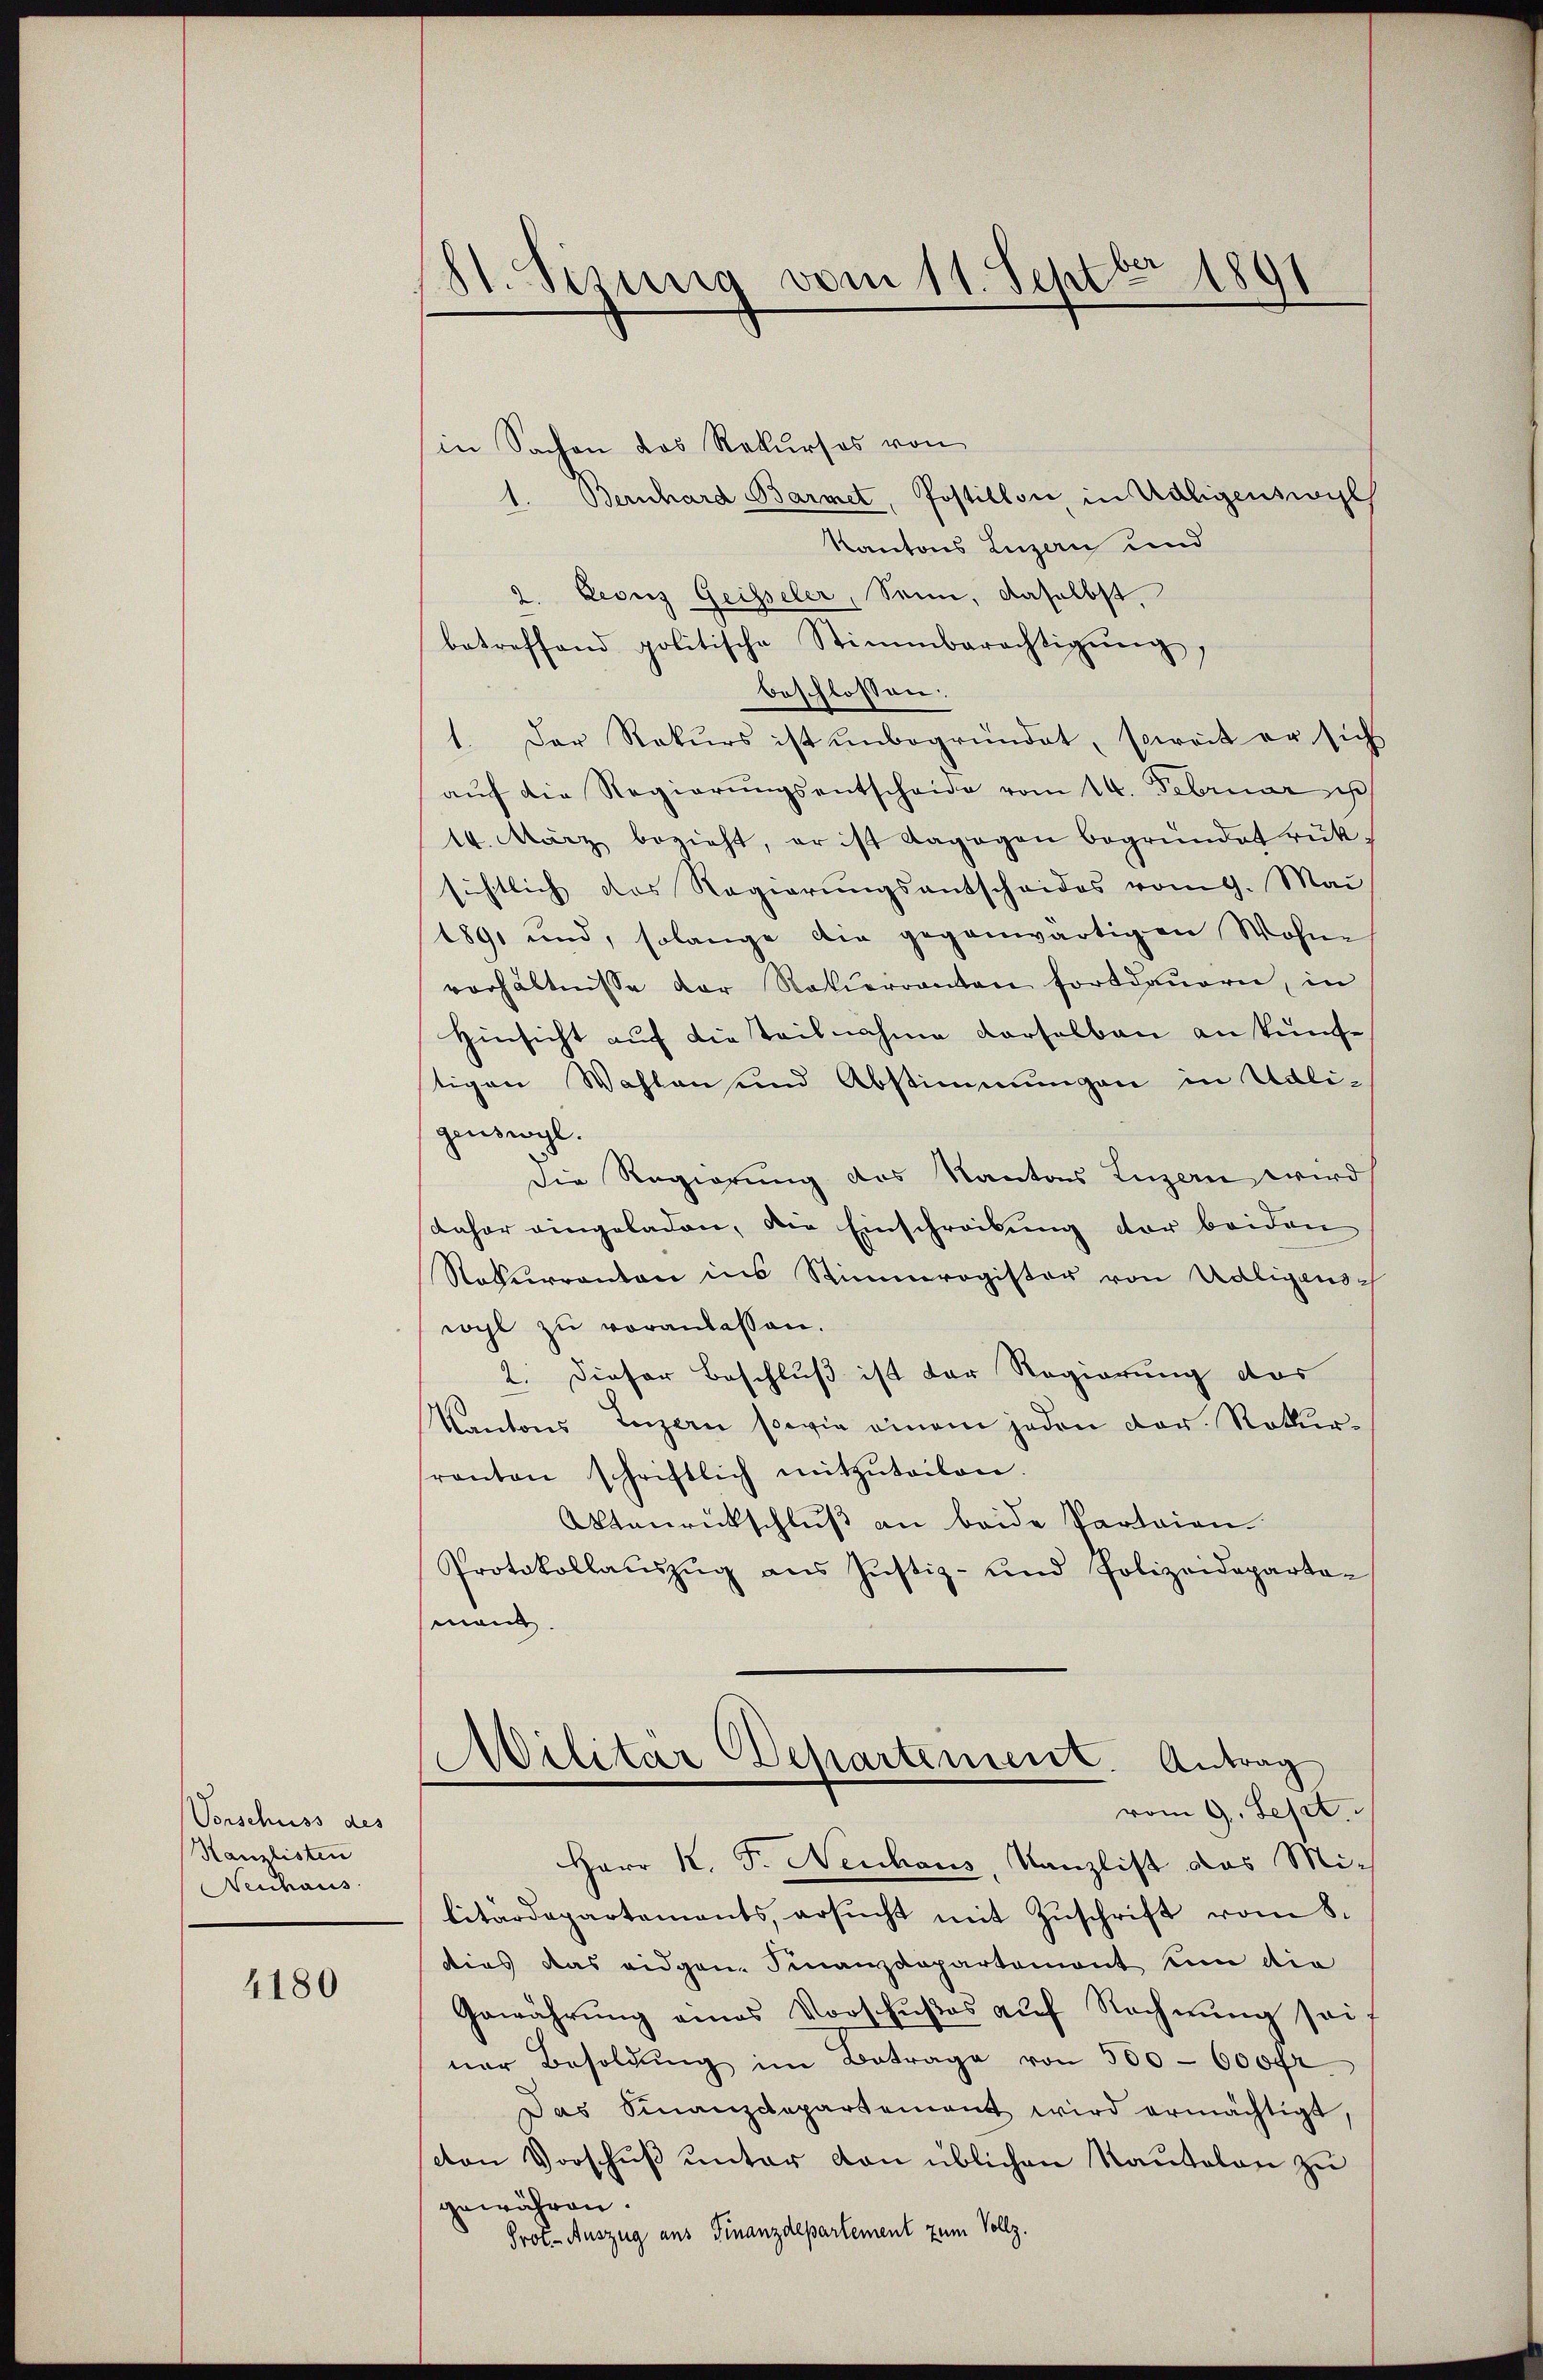
Vorschuss des
Kanzlisten
Neuhaus

4180

)
61. Sisung vom 11. Septbr 1891

in Sachen das Rekurses von
1. Bernhard Barmet, Postillon in Adligenswil
Kantons Luzern und
2. Leonz Geisseler, Senn, daselbst.
betreffend politische Stimmberechtigŭng,
beschlossen:
1. Der Rekurs ist unbegründet, soweit er sich
aŭf die Regierŭngsentscheide vom 14. Februar
14. März bezieht, er ist dagegen begründet rüksichtlich das Regierŭngsantscheides vom 9. Mai
1891 und, solange die gegenwärtigen Wohne
verhältnisse der Rokierranten fortdauern, in
Hinsicht auf die teilnahme derselben an künftigen Wahlen und Abstimmungen in Udli-
genswyl.
Die Regierung des Kantons Luzern wird
daher eingeladen, die Einschreibung der beiden
Nekurranton ins Stimmregister von Adligensc
wohl zu veranlassen.
2. Dieser Beschluß ist der Regierung das
Kantons Luzern sowie einem jeden der Rekurranten schriftlich mitzŭteilen.
Otanrückschluß an beide Parteien.
Protokollaŭszŭg ans Justiz- und Polizeideparta-
man
Militär Departement. Antrag
vom 9. Sept.
Herr K. Fr. Neuhaus, Kanzlist das Militärdepartements, ersŭcht mit Zŭschrift vom 8.
dies das eidgen. Finanzdepartement um die
Gewährŭng eines Vorschŭβos auf Rechnung sei
ner Besoldŭng im Betrage von 500 - 600fr.
Das Finanzdepartement wird ermächtigt,
ston Vorschuß unter von üblichen Kautelen zu
gewähren.
Prot. Auszug aus Finanzdepartement zum Vollz.